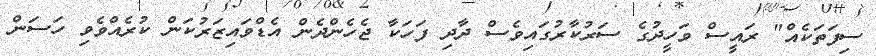
ސިފަތަކެއް" ރައީސް ވަހީދުގެ ސަރުކާރުގައިވެސް ދާދި ފަހަކާ ޖެހެންދެން އެޑްވައިޒަރުކަން ކުރެއްވެވި ހަސަން